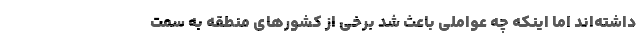
داشته‌اند اما اینکه چه عواملی باعث شد برخی از کشورهای منطقه به سمت